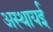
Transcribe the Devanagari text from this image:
अस्थायई